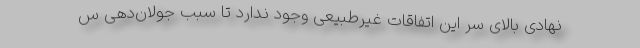
نهادی بالای سر این اتفاقات غیرطبیعی وجود ندارد تا سبب جولان‌دهی س